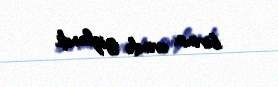
birinin evində gizləndi.